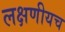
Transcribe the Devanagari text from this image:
लक्षणीयच